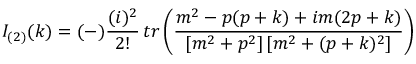
I _ { ( 2 ) } ( k ) = ( - ) \frac { ( i ) ^ { 2 } } { 2 ! } \, t r \left( { \frac { m ^ { 2 } - p ( p + k ) + i m ( 2 p + k ) } { [ m ^ { 2 } + p ^ { 2 } ] \, [ m ^ { 2 } + ( p + k ) ^ { 2 } ] } } \right)